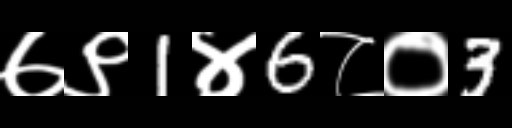
Text: ७९1४6८०3